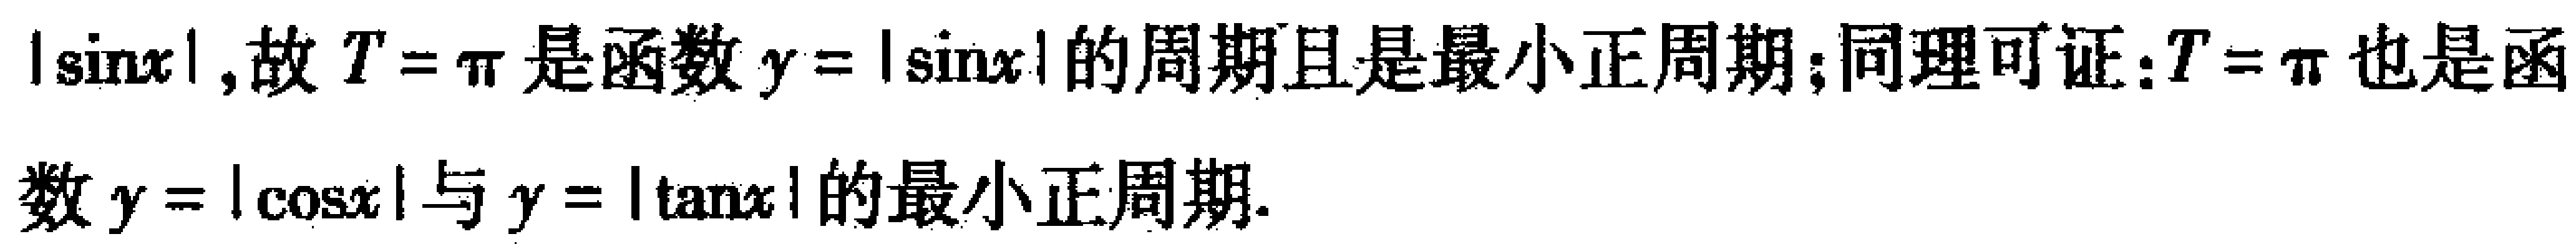
$|\sin x|, 故\ T = \pi\ 是函数\ y = |\sin x| \ 的周期且是最小正周期；同理可证：T = \pi\ 也是函\\数\ y = |\cos x| \ 与\ y = |\tan x| \ 的最小正周期.$